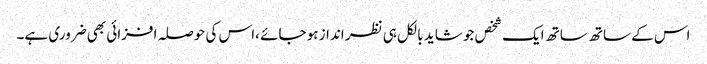
اس کے ساتھ ساتھ ایک شخص جو شاید بالکل ہی نظر انداز ہو جائے ،اس کی حوصلہ افزائی بھی ضروری ہے۔